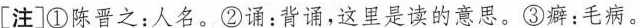
[注]①陈晋之：人名。②诵：背诵，这里是读的意思。③癖：毛病。